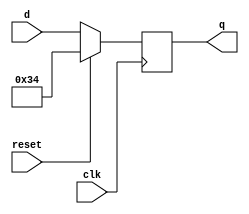
module top_module (
    input clk,
    input reset,
    input [7:0] d,
    output [7:0] q
);
    always @(negedge clk) begin
        if(reset) q<=8'h34; //0x是十六进制
        else      q<=d;
    end

endmodule